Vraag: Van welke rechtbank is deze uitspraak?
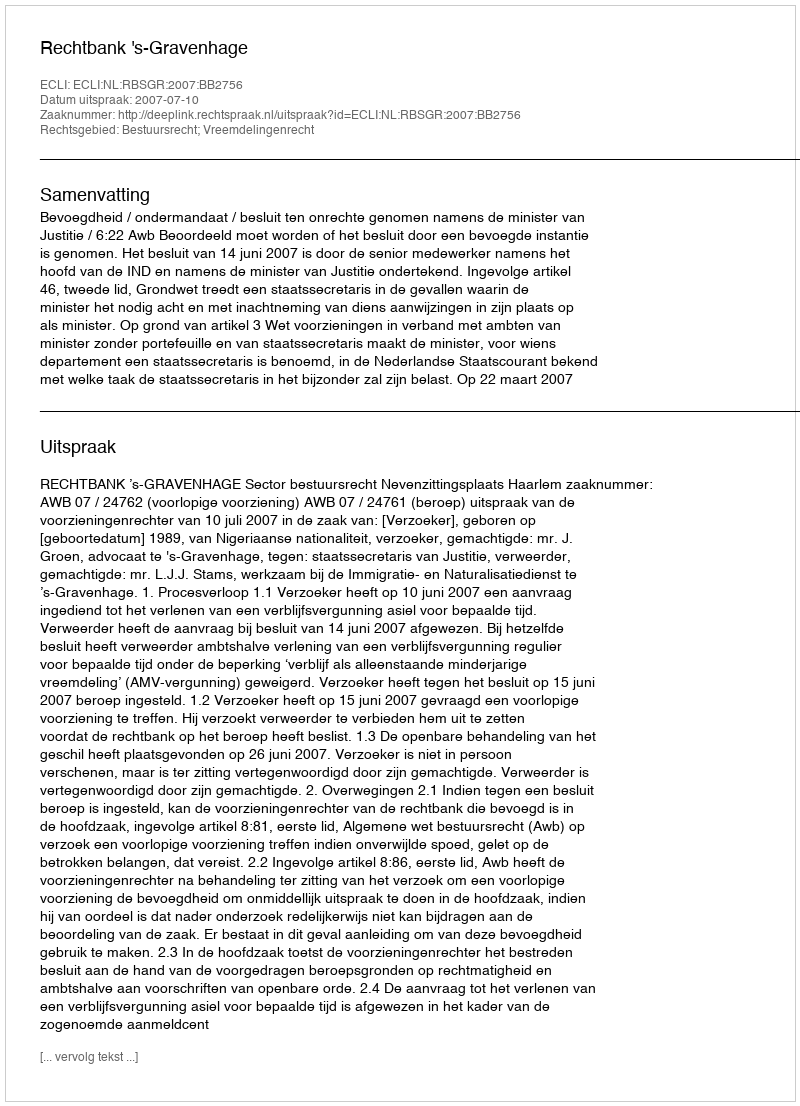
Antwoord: Rechtbank 's-Gravenhage